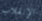
الإنقلاب